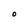
Character: O